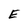
Character: E